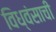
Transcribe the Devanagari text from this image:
विध्वंसाची